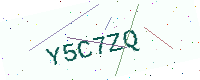
Text: Y5C7ZQ